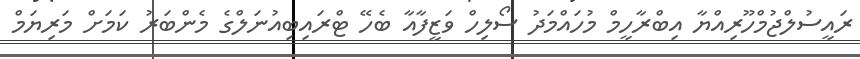
ރައީސުލްޖުމްހޫރިއްޔާ އިބްރާހީމް މުހައްމަދު ސޯލިހް ވަޒީފާއާ ބެހޭ ޓްރައިބިއުނަލްގެ މެންބަރު ކަމަށް މަރިޔަމް